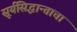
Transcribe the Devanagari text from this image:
सूर्यसिद्धान्ताचा